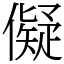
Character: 儗